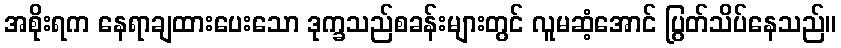
အစိုးရက နေရာချထားပေးသော ဒုက္ခသည်စခန်းများတွင် လူမဆံ့အောင် ပြွတ်သိပ်နေသည်။